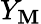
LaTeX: Y_{\mathbf{M}}